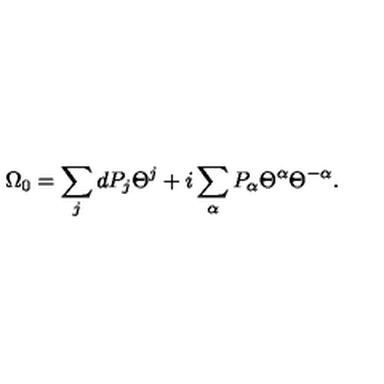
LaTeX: \Omega _ { 0 } = \sum _ { j } d P _ { j } \Theta ^ { j } + i \sum _ { \alpha } P _ { \alpha } \Theta ^ { \alpha } \Theta ^ { - \alpha } .